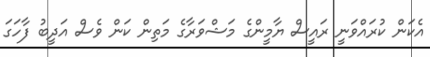
އެކަން ކުރައްވަނީ ރައީސް ޔާމީންގެ މަޝްވަރާގެ މަތިން ކަން ވެސް އަދީބު ފާހަގަ